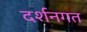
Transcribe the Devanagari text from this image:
दर्शनगत